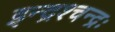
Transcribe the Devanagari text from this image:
इन्द्रश्चन्द्रः